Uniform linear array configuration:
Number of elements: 16
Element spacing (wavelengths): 0.5
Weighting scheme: hamming
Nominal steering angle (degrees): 30
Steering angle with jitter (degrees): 31.166
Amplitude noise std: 0.05
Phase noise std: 0.05

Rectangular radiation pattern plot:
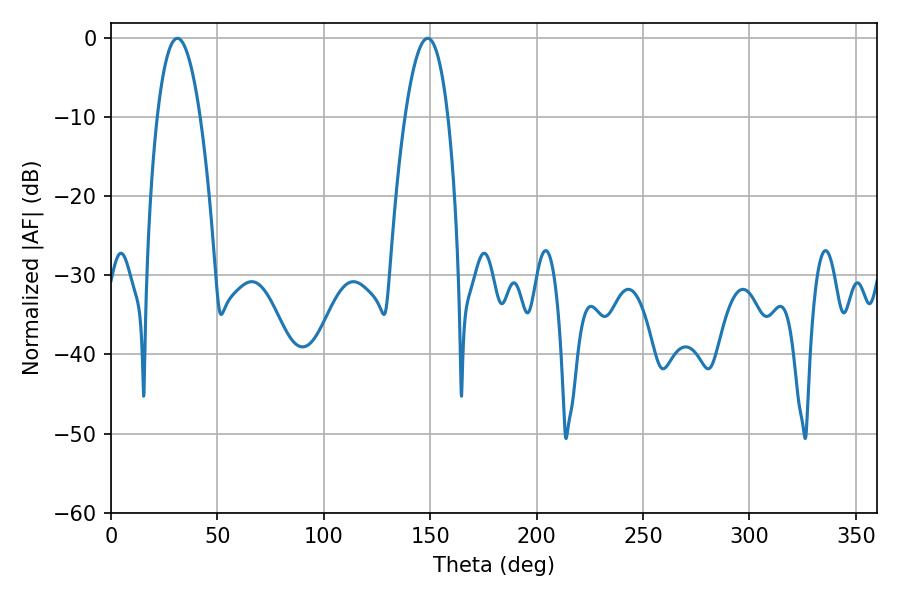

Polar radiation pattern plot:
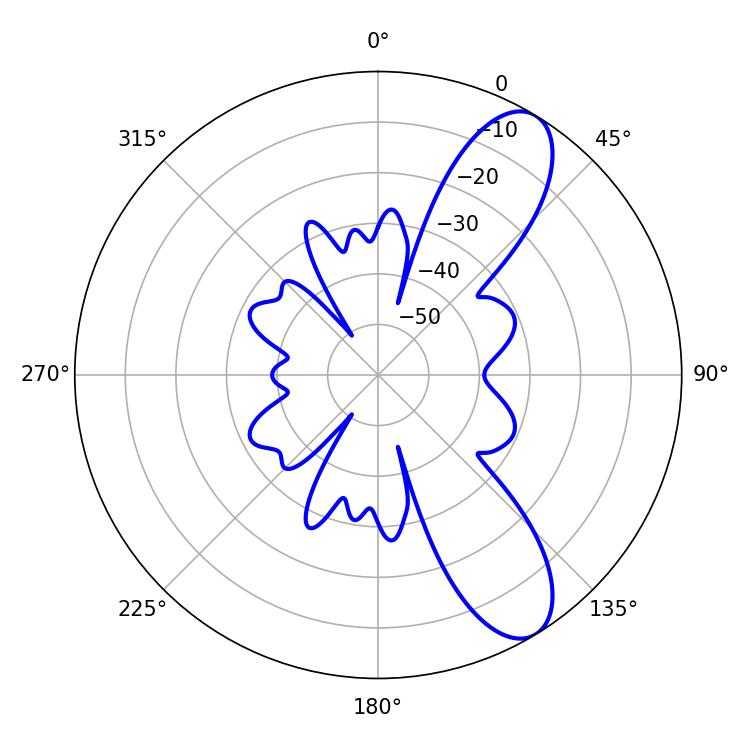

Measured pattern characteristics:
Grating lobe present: FALSE
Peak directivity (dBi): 9.639
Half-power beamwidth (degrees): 11.16
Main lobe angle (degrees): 31.14